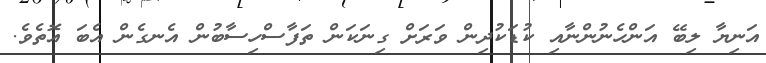
އަނިޔާ ލިބޭ އަންހެނުންނާއި ކުޑަކުދިން ވަރަށް ގިނަކަން ތަފާސްހިސާބުން އެނގެން އެބަ އޮތެވެ.